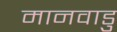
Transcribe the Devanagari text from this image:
मानवाडु